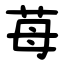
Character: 苺